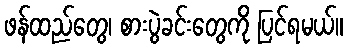
ဖန်ထည်တွေ၊ စားပွဲခင်းတွေကို ပြင်ရမယ်။